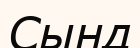
Сынд